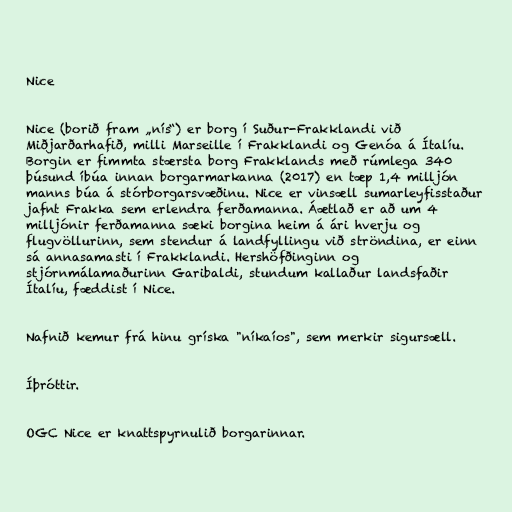
Nice

Nice (borið fram „nís“) er borg í Suður-Frakklandi við
Miðjarðarhafið, milli Marseille í Frakklandi og Genóa á Ítalíu.
Borgin er fimmta stærsta borg Frakklands með rúmlega 340
þúsund íbúa innan borgarmarkanna (2017) en tæp 1,4 milljón
manns búa á stórborgarsvæðinu. Nice er vinsæll sumarleyfisstaður
jafnt Frakka sem erlendra ferðamanna. Áætlað er að um 4
milljónir ferðamanna sæki borgina heim á ári hverju og
flugvöllurinn, sem stendur á landfyllingu við ströndina, er einn
sá annasamasti í Frakklandi. Hershöfðinginn og
stjórnmálamaðurinn Garibaldi, stundum kallaður landsfaðir
Ítalíu, fæddist í Nice.

Nafnið kemur frá hinu gríska "níkaíos", sem merkir sigursæll.

Íþróttir.

OGC Nice er knattspyrnulið borgarinnar.